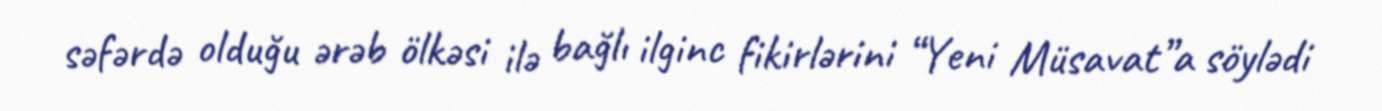
səfərdə olduğu ərəb ölkəsi ilə bağlı ilginc fikirlərini “Yeni Müsavat”a söylədi